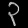
Digit: ၃